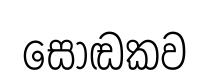
සොඬකව